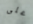
على